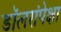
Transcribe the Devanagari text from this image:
डॉलरांपेक्षा